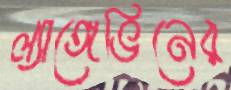
ল্যাঙ্গেভিনের